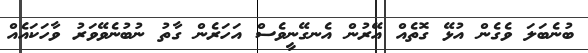
ބުނެބަލަ ވެގެން އުޅޭ ގޮތެއް އޭރުން އެނގޭނީވެސް އަހަރެން ގާތު ނުބުނެވޭވަރު ވާހަކައެއް